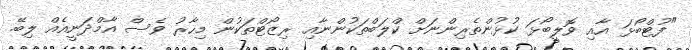
"ފުޓްބޯޅަ އާއި ވޮލީބޯޅަ ކުޅުންތެރިންނަށް ކްލަބްތަކުންނާއި ރިޒޯޓްތަކުން މިހާރު ވެސް އާމްދަނީއެއް ލިބޭ.